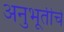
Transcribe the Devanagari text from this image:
अनुभूतीचे